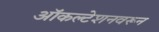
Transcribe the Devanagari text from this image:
ऑकल्टेशनवरून